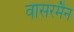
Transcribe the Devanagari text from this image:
वासरमैन